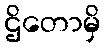
ဌိတောမှိ